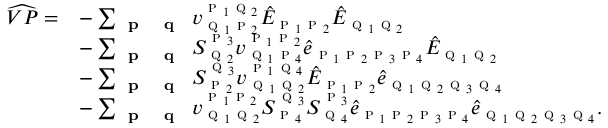
\begin{array} { r l } { \widehat { V P } = } & { - \sum _ { \substack { \textbf { \textsc { p } } \textbf { \textsc { q } } } } v _ { \textsc { q } _ { 1 } \textsc { p } _ { 2 } } ^ { \textsc { p } _ { 1 } \textsc { q } _ { 2 } } \hat { E } _ { \textsc { p } _ { 1 } \textsc { p } _ { 2 } } \hat { E } _ { \textsc { q } _ { 1 } \textsc { q } _ { 2 } } } \\ & { - \sum _ { \textbf { \textsc { p } } \textbf { \textsc { q } } } S _ { \textsc { q } _ { 2 } } ^ { \textsc { p } _ { 3 } } { v } _ { \textsc { q } _ { 1 } \textsc { p } _ { 4 } } ^ { \textsc { p } _ { 1 } \textsc { p } _ { 2 } } \hat { e } _ { \textsc { p } _ { 1 } \textsc { p } _ { 2 } \textsc { p } _ { 3 } \textsc { p } _ { 4 } } \hat { E } _ { \textsc { q } _ { 1 } \textsc { q } _ { 2 } } } \\ & { - \sum _ { \textbf { \textsc { p } } \textbf { \textsc { q } } } S _ { \textsc { p } _ { 2 } } ^ { \textsc { q } _ { 3 } } { v } _ { \textsc { q } _ { 1 } \textsc { q } _ { 2 } } ^ { \textsc { p } _ { 1 } \textsc { q } _ { 4 } } \hat { E } _ { \textsc { p } _ { 1 } \textsc { p } _ { 2 } } \hat { e } _ { \textsc { q } _ { 1 } \textsc { q } _ { 2 } \textsc { q } _ { 3 } \textsc { q } _ { 4 } } } \\ & { - \sum _ { \textbf { \textsc { p } } \textbf { \textsc { q } } } { v } _ { \textsc { q } _ { 1 } \textsc { q } _ { 2 } } ^ { \textsc { p } _ { 1 } \textsc { p } _ { 2 } } S _ { \textsc { p } _ { 4 } } ^ { \textsc { q } _ { 3 } } S _ { \textsc { q } _ { 4 } } ^ { \textsc { p } _ { 3 } } \hat { e } _ { \textsc { p } _ { 1 } \textsc { p } _ { 2 } \textsc { p } _ { 3 } \textsc { p } _ { 4 } } \hat { e } _ { \textsc { q } _ { 1 } \textsc { q } _ { 2 } \textsc { q } _ { 3 } \textsc { q } _ { 4 } } . } \end{array}